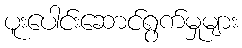
ပူးပေါင်းဆောင်ရွက်မှုများ